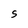
Character: S